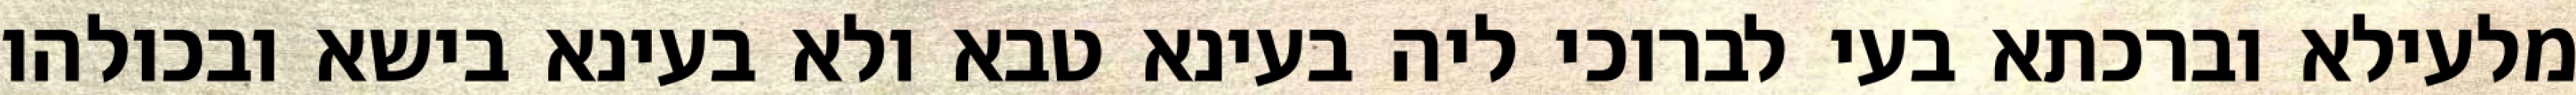
מלעילא וברכתא בעי לברוכי ליה בעינא טבא ולא בעינא בישא ובכולהו